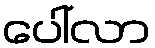
ပေါ်လာ